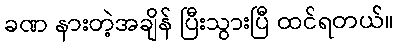
ခဏ နားတဲ့အချိန် ပြီးသွားပြီ ထင်ရတယ်။